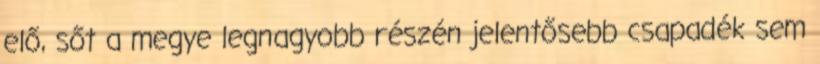
elő, sőt a megye legnagyobb részén jelentősebb csapadék sem